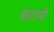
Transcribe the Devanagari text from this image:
सटाये